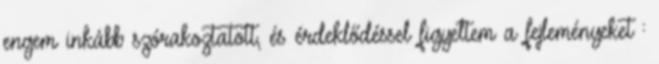
engem inkább szórakoztatott, és érdeklődéssel figyeltem a fejleményeket :